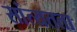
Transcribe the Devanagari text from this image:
सांत्यतता